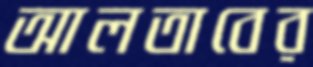
আলতাবের